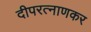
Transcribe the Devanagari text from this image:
दीपरत्नाणकर